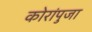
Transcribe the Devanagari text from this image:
कोरांपुजा